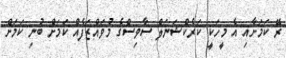
ރޭ ކަމަށާއި އެ މީހަކީ ކަރެކްޝަނަލް ސާވިސްގެ މުވައްޒަފެއް ކަމަށް ބުނި ކަމަށް